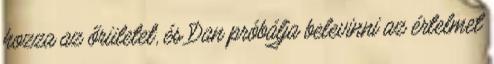
hozza az őrületet, és Dan próbálja belevinni az értelmet